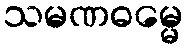
သမဏဓမ္မေ